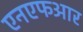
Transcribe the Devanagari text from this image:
एनएफआर